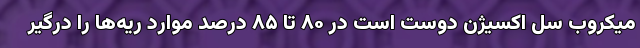
میکروب سل اکسیژن دوست است در ۸۰ تا ۸۵ درصد موارد ریه‌ها را درگیر